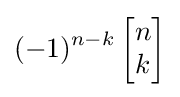
(-1)^{n-k}\left[{\begin{matrix}n\\k\end{matrix}}\right]